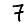
Digit: 7